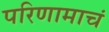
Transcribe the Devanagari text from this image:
परिणामाचं